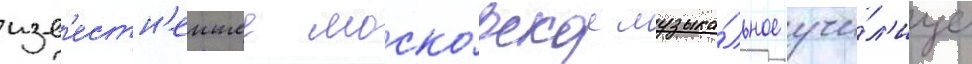
изв'естн'еишее моско́вское музыка́льное учи́л'ище